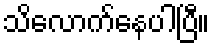
သိလောက်နေပါပြီ။